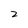
Character: 2